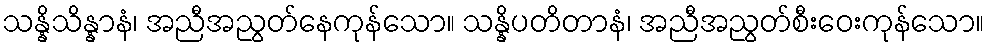
သန္နိသိန္နာနံ၊ အညီအညွတ်နေကုန်သော။ သန္နိပတိတာနံ၊ အညီအညွတ်စီးဝေးကုန်သော။